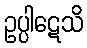
ဥပ္ပါဋေသိ